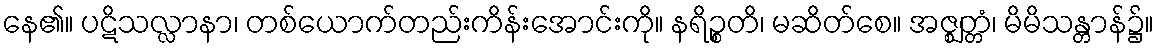
နေ၏။ ပဋိသလ္လာနာ၊ တစ်ယောက်တည်းကိန်းအောင်းကို။ နရိဉ္စတိ၊ မဆိတ်စေ။ အဇ္ဈတ္တံ၊ မိမိသန္တာန်၌။